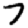
Digit: 7